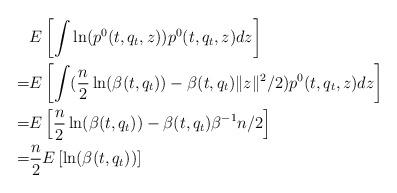
LaTeX: \begin{align*}&E\left[\int \ln(p^0(t,q_t,z))p^0(t,q_t,z)dz\right]\\=& E\left[\int( \frac{n}{2}\ln(\beta(t,q_t))-\beta(t,q_t)\|z\|^2/2 )p^0(t,q_t,z)dz\right]\\=&E\left[ \frac{n}{2}\ln(\beta(t,q_t))-\beta(t,q_t)\beta^{-1}n/2\right]\\=&\frac{n}{2}E\left[ \ln(\beta(t,q_t))\right]\end{align*}